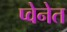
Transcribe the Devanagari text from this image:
प्वेनेत